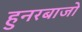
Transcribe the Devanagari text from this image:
हुनरबाजो